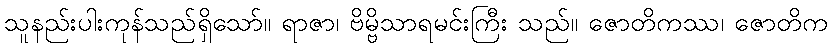
သူနည်းပါးကုန်သည်ရှိသော်။ ရာဇာ၊ ဗိမ္ဗိသာရမင်းကြီး သည်။ ဇောတိကဿ၊ ဇောတိက